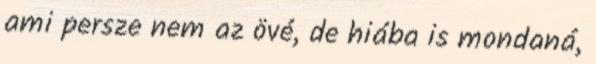
ami persze nem az övé, de hiába is mondaná,